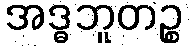
အဒ္ဓဘူတဉ္စ